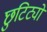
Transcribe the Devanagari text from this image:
छुटिट्यो